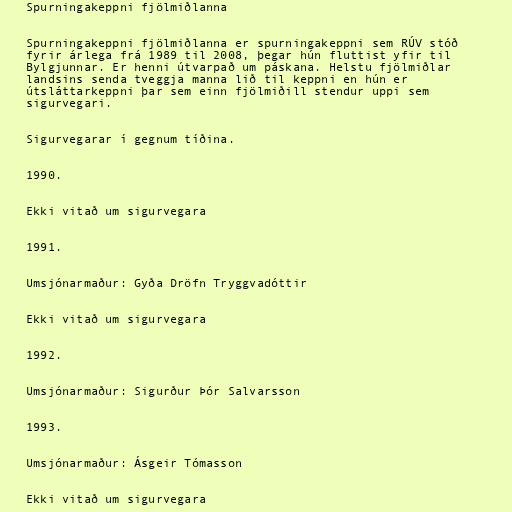
Spurningakeppni fjölmiðlanna

Spurningakeppni fjölmiðlanna er spurningakeppni sem RÚV stóð
fyrir árlega frá 1989 til 2008, þegar hún fluttist yfir til
Bylgjunnar. Er henni útvarpað um páskana. Helstu fjölmiðlar
landsins senda tveggja manna lið til keppni en hún er
útsláttarkeppni þar sem einn fjölmiðill stendur uppi sem
sigurvegari.

Sigurvegarar í gegnum tíðina.

1990.

Ekki vitað um sigurvegara

1991.

Umsjónarmaður: Gyða Dröfn Tryggvadóttir

Ekki vitað um sigurvegara

1992.

Umsjónarmaður: Sigurður Þór Salvarsson

1993.

Umsjónarmaður: Ásgeir Tómasson

Ekki vitað um sigurvegara